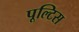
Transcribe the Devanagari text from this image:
पूल्टिस